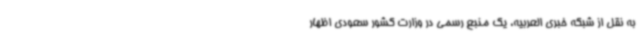
به نقل از شبکه خبری العربیه، یک منبع رسمی در وزارت کشور سعودی اظهار